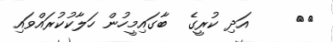
٥٠     އަދި ކުރީގެ  ބާގައިމީހުން ހަލާކުކުރައްވައި